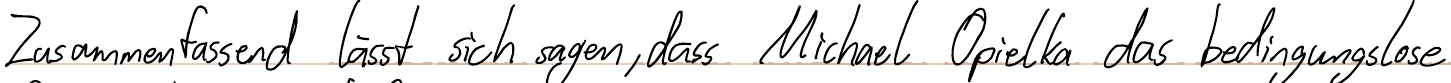
Zusammenfassend lässt sich sagen, dass Michael Opielka das bedingungslose